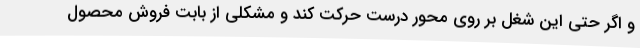
و اگر حتی این شغل بر روی محور درست حرکت کند و مشکلی از بابت فروش محصول